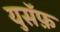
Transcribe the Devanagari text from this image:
युसॅफ़